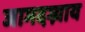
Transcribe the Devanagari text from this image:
जामदग्न्याय